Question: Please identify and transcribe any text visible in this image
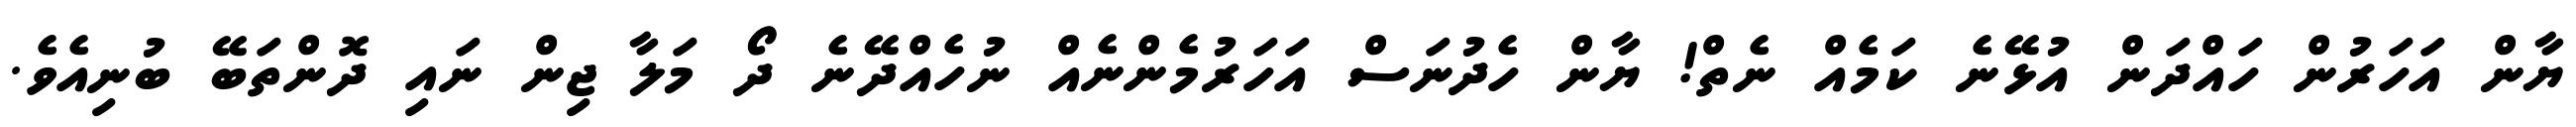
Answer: ޔާން އަހަރުން ހައްދަން އުޅޭނެ ކަމެއް ނެތް! ޔާން ހެދުނަސް އަހަރުމެންނެއް ނުހެއްދޭނެ ދޯ މަލާ ޖިން ނައި ދޮންތަބޭ ބުނިއެވެ.